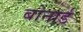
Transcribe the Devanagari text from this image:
बोनार्ड